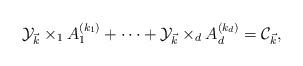
LaTeX: \begin{align*} \mathcal{Y}_{\vec k}\times_1A_1^{(k_1)}+\dots+\mathcal{Y}_{\vec k}\times_dA_d^{(k_d)}=\mathcal{C}_{\vec k},\end{align*}